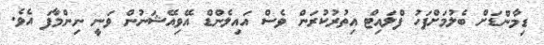
ޑިމާންޑަށް ބެލުމަށްފަހު ފްލައިޓް އިތުރުކުރަން ވެސް އައިލެންޑް އޭވިއޭޝަނުން ވަނީ ނިންމާފަ އެވެ.